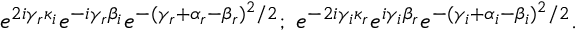
e ^ { 2 i \gamma _ { r } \kappa _ { i } } e ^ { - i \gamma _ { r } \beta _ { i } } e ^ { - ( \gamma _ { r } + \alpha _ { r } - \beta _ { r } ) ^ { 2 } / 2 } ; \; e ^ { - 2 i \gamma _ { i } \kappa _ { r } } e ^ { i \gamma _ { i } \beta _ { r } } e ^ { - ( \gamma _ { i } + \alpha _ { i } - \beta _ { i } ) ^ { 2 } / 2 } .